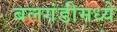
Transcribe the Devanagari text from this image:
बलगंडीमध्ये